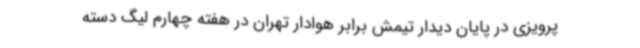
پرویزی در پایان دیدار تیمش برابر هوادار تهران در هفته چهارم لیگ دسته